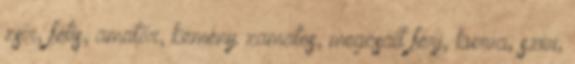
zsír, fétis, amatőr, kemény zamatos, megcsalt férj, kurva, szivi,